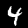
Label: 4